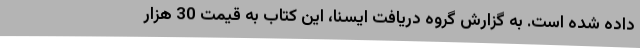
داده شده است. به گزارش گروه دریافت ایسنا، این کتاب به قیمت 30 هزار